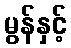
မွန်နှင့်